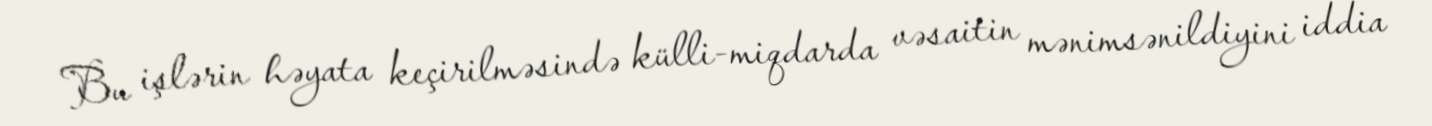
Bu işlərin həyata keçirilməsində külli-miqdarda vəsaitin mənimsənildiyini iddia